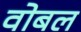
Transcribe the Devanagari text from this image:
वोबल